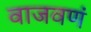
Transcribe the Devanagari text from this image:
वाजवणं